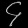
Digit: ၄